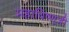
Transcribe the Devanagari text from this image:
महाविष्णुजी